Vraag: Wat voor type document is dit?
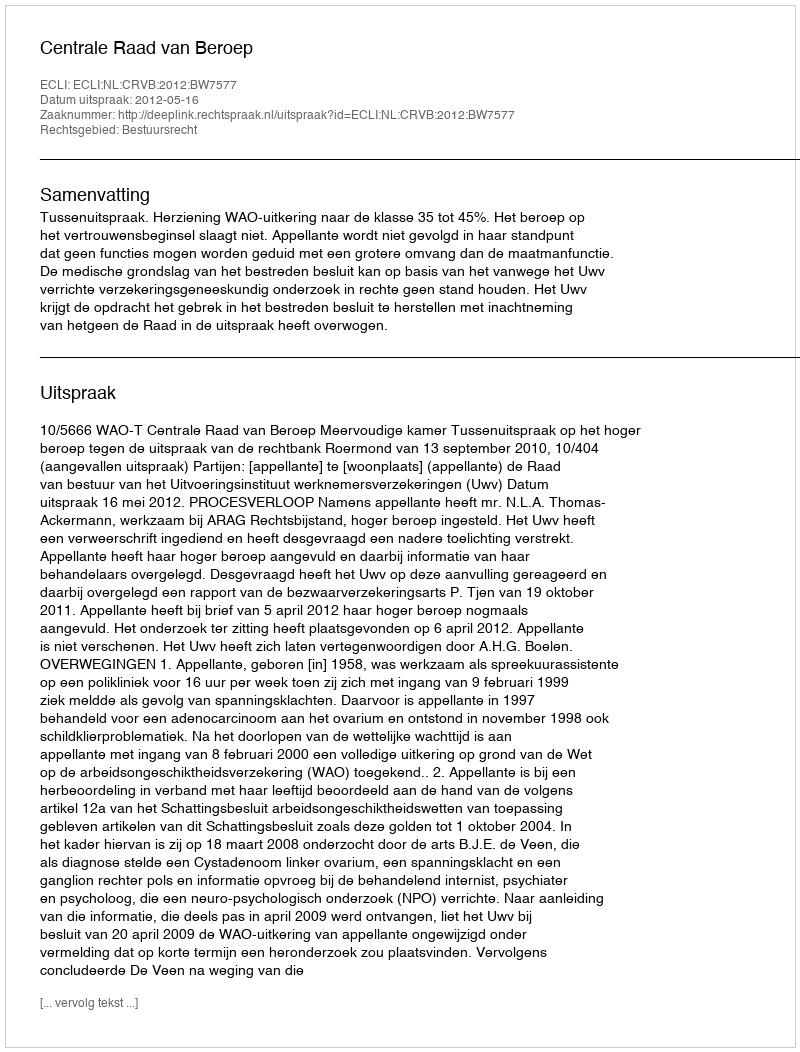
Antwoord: Uitspraak